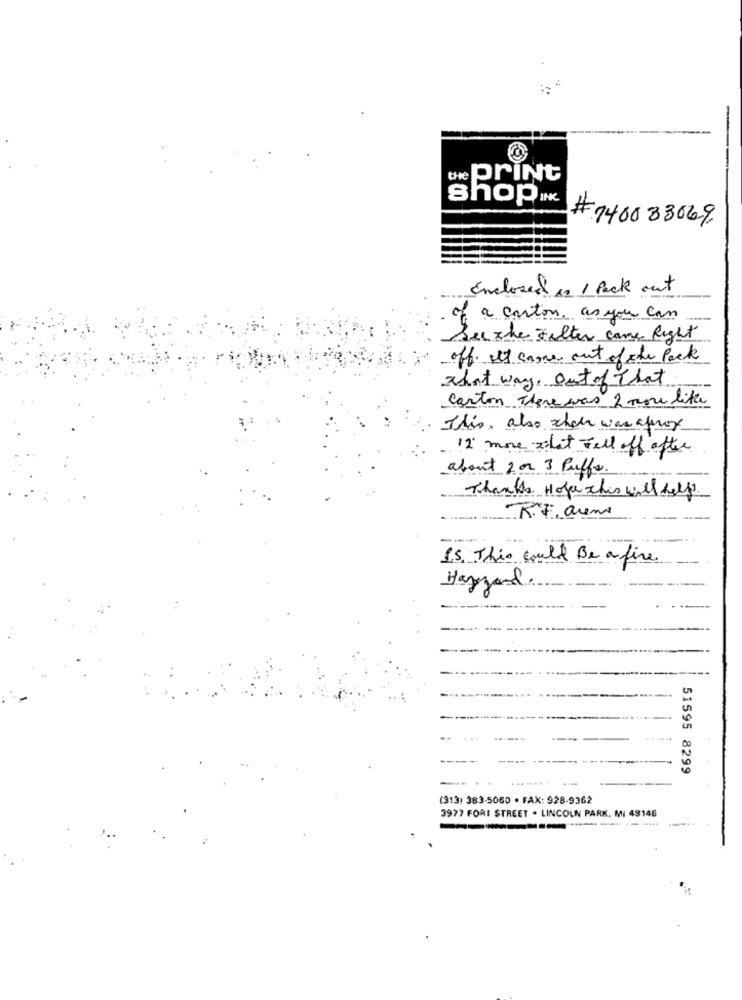
-
print
shop ...
#140033069
Enclosed in I Pack out
of a carton as you can
Suche Felter came Right
off It came out of the pack
That way, out of That
Carton There was 2 more like
This, also what was aprox
12 more what Fell off after
about 2 or 3 Puffs.
Thanks Hope this will self
R.F. armi
1.5. This could Be a fire
Hazzard
---.
----
51595 8299
.......
(313) 383-5060 · FAX: 928-9362
3977 FORI STREET . LINCOLN PARK. MI 49146
----...
.....